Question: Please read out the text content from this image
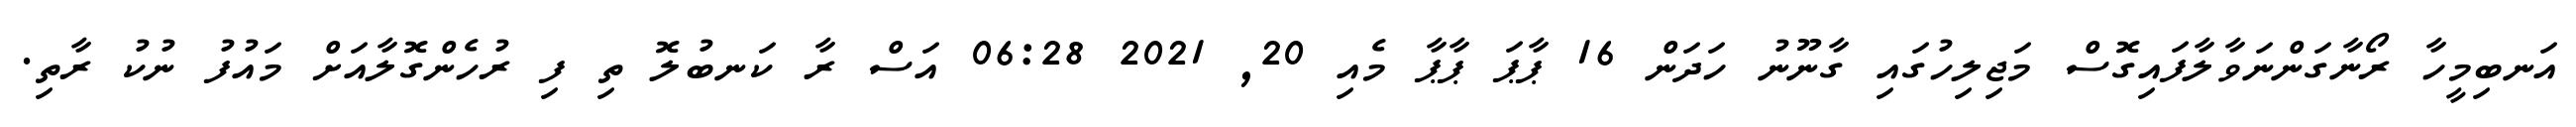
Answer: އަނބިމީހާ ރޯނާގަންނަވާލާފައިގޮސް މަޖިލިހުގައި ގާނޫނު ހަދަން 16 ޕާޕަ ޕާޕާ މެއި 20, 2021 06:28 އަސް ރާ ކަނބުލޮ ތި ފި ރުހެންގޮލާއަށް މައުފު ނުކު ރާތި.